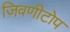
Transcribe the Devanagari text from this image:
जिवणीटोप